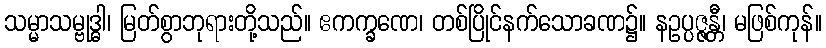
သမ္မာသမ္ဗုဒ္ဓါ၊ မြတ်စွာဘုရားတို့သည်။ ဧကက္ခဏေ၊ တစ်ပြိုင်နက်သောခဏ၌။ နဥပ္ပဇ္ဇန္တီ၊ မဖြစ်ကုန်။